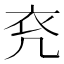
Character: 𧘊